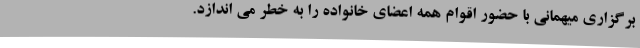
برگزاری میهمانی با حضور اقوام همه اعضای خانواده را به خطر می اندازد.